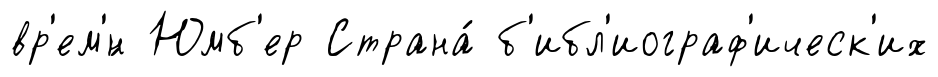
вр'ем'́н Юмб'ер Страна́ б'ибл'иограф'ическ'их